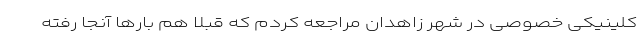
کلینیکی خصوصی در شهر زاهدان مراجعه کردم که قبلاً هم بارها آنجا رفته